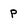
Character: P